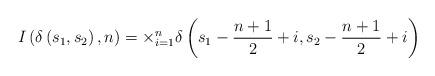
LaTeX: \begin{align*} I\left(\delta\left(s_1,s_2\right),n\right) = \times_{i=1}^n \delta\left(s_1-\frac{n+1}{2}+i,s_2 -\frac{ n+1}{2}+i\right) \end{align*}